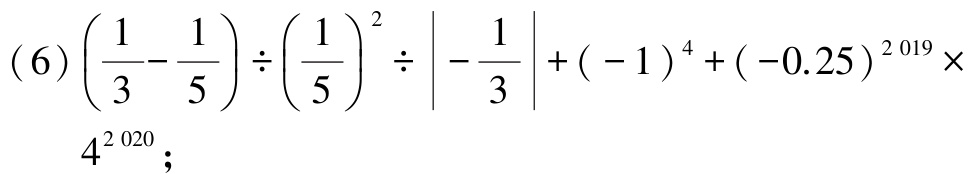
(6) \(\left(\dfrac{1}{3}-\dfrac{1}{5}\right)\div\left(\dfrac{1}{5}\right)^{2}\div\left|-\dfrac{1}{3}\right|+(-1)^{4}+(-0.25)^{2019}\times4^{2020}\);